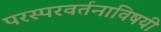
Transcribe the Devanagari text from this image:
परस्परवर्तनाविषयी